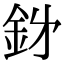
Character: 𮡪